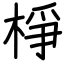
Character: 棦